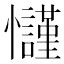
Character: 𢥢